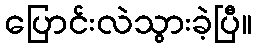
ပြောင်းလဲသွားခဲ့ပြီ။